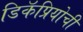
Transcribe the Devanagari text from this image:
डिकॅप्रियोची